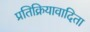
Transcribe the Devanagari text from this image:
प्रतिक्रियावादिता